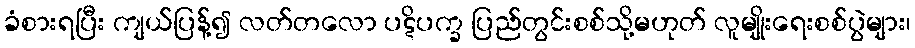
ခံစားရပြီး ကျယ်ပြန့်၍ လတ်တလော ပဋိပက္ခ ပြည်တွင်းစစ်သို့မဟုတ် လူမျိုးရေးစစ်ပွဲများ၊